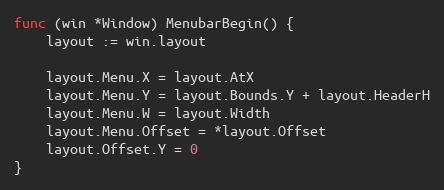
Language: Go
func (win *Window) MenubarBegin() {
	layout := win.layout

	layout.Menu.X = layout.AtX
	layout.Menu.Y = layout.Bounds.Y + layout.HeaderH
	layout.Menu.W = layout.Width
	layout.Menu.Offset = *layout.Offset
	layout.Offset.Y = 0
}